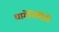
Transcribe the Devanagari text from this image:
धागेनिर्मिती